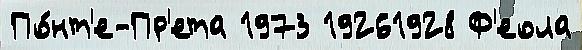
По́нт'е-Пр'ета 1973 19261928 Ф'еола